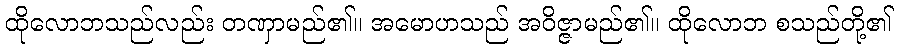
ထိုလောဘသည်လည်း တဏှာမည်၏။ အမောဟသည် အဝိဇ္ဇာမည်၏။ ထိုလောဘ စသည်တို့၏